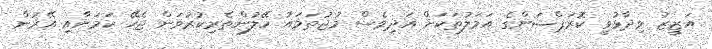
އަޒީޒު ވިދާޅުވީ ކޮރަޕްޝަންގެ އަމަލުތަކަށް އަދިވެސް މުޖުތަމައު ހޭލުންތެރިކުރުވަން ޖެހޭ ކަމަށާއި އޭރުން